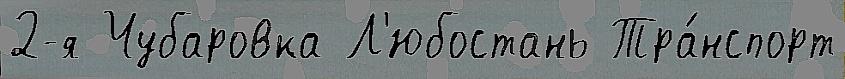
2-я Чубаровка Л'юбостань Тра́нспорт